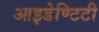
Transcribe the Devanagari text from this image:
आइडेण्टिटी